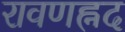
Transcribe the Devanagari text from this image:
रावणह्नद